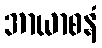
အာယာစနံ